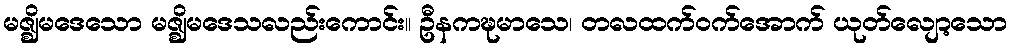
မဇ္ဈိမဒေသော မဇ္ဈိမဒေသလည်းကောင်း။ ဦနကဍ္ဎမာသေ၊ တလထက်ဝက်အောက် ယုတ်လျော့သော